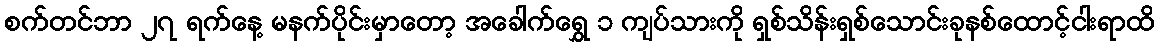
စက်တင်ဘာ ၂၇ ရက်နေ့ မနက်ပိုင်းမှာတော့ အခေါက်ရွှေ ၁ ကျပ်သားကို ရှစ်သိန်းရှစ်သောင်းခုနစ်ထောင့်ငါးရာထိ